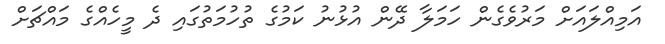
އަމިއްލައަށް މަރުވެގެން ހަމަލާ ދޭން އުޅުނު ކަމުގެ ތުހުމަތުގައި ދެ މީހެއްގެ މައްޗަށް